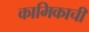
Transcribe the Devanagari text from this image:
कामिकाची